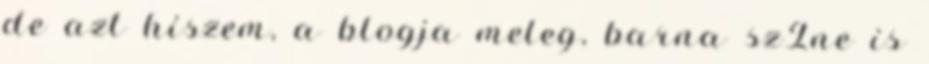
de azt hiszem, a blogja meleg, barna szÍne is